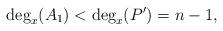
LaTeX: \begin{align*}\deg_x(A_1)<\deg_x(P')=n-1,\end{align*}